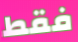
فقط